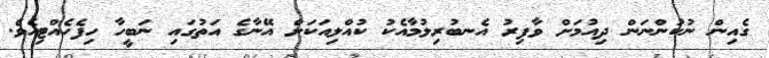
ގެއިން ނުކުންނަން ދިއުމަށް ވާފިރު އެނބުރިލުމާއެކު ކުއްލިއަކަށް އޭނާގެ އަތުގައި ނަބީހާ ހިފެހެއްޓިއެވެ.